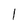
Character: l